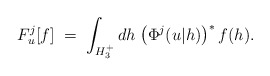
\begin{align*}F^j_u[f]\;=\;\int_{H_3^+}dh\;\bigl(\Phi^j(u|h)\bigr)^*\,f(h).\end{align*}